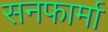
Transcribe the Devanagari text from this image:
सनफार्मा